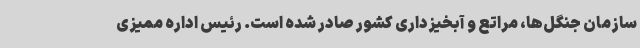
سازمان جنگل‌ها، مراتع و آبخیزداری کشور صادر شده است. رئیس اداره ممیزی